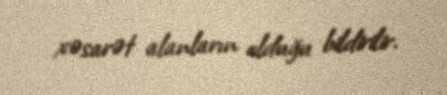
xəsarət alanların olduğu bildirilir.